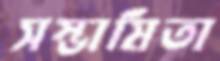
সম্ভাষিতা